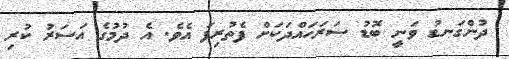
ދުންގަނޑު ވަނީ ބޮޑު ސަރަހައްދަކަށް ފެތުރިފަ އެވެ. އެ ދުމުގެ އަސަރު ކުރި